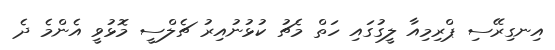
އިނގިރޭސި ޕްރިމިއާ ލީގުގައި ހަތް މެޗު ކުޅުނުއިރު ޗެލްސީ މޮޅުވީ އެންމެ ދެ